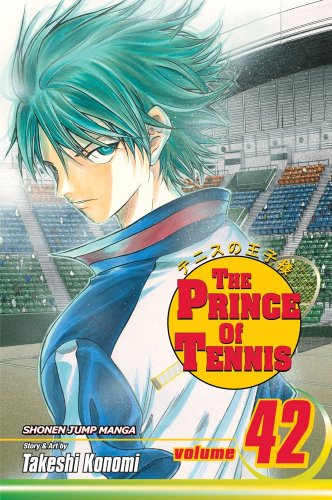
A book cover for The Prince of Tennis, Vol. 42; Takeshi Konomi; Comics & Graphic Novels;